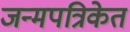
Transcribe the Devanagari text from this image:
जन्मपत्रिकेत